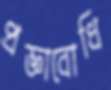
প্রজ্ঞাবোধি